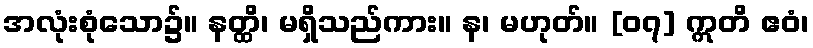
အလုံးစုံသော၌။ နတ္ထိ၊ မရှိသည်ကား။ န၊ မဟုတ်။ [၀၇] ဣတိ ဧဝံ၊